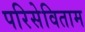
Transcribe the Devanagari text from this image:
परिसेविताम